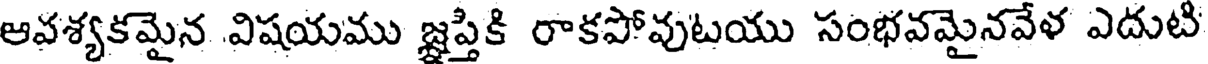
ఆవశ్యకమైన విషయము జ్ఞప్తికి రాకపోవుటయు సంభవమైనవేళ ఎదుటి